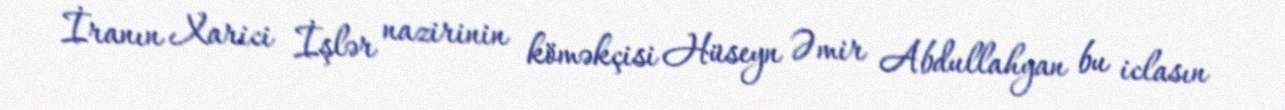
İranın Xarici İşlər nazirinin köməkçisi Hüseyn Əmir Abdullahyan bu iclasın